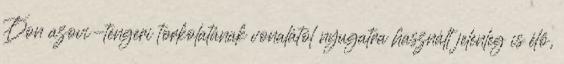
Don azovi-tengeri torkolatának vonalától nyugatra használt jelenleg is élő,